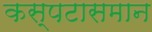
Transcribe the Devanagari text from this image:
कस्पटासमान